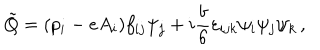
LaTeX: \tilde { Q } = ( p _ { i } - e A _ { i } ) f _ { i j } \psi _ { j } + i { \frac { b } { 6 } } \varepsilon _ { i j k } \psi _ { i } \psi _ { j } \psi _ { k } \, ,